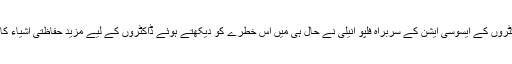
قابل ذکر ہے کہ اٹلی میں ڈاکٹروں کے ایسوسی ایشن کے سربراہ فلپو انیلی نے حال ہی میں اس خطرے کو دیکھتے ہوئے ڈاکٹروں کے لیے مزید حفاظتی اشیاء کا مطالبہ حکومت سے کیا تھا۔